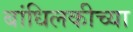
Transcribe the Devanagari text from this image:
बांधिलकीच्या